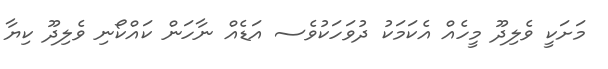
މަށަކީ ވެލިދޫ މީހެއް އެކަމަކު ދުވަހަކުވެސ އަޑެއް ނާހަން ކައްކޯނި ވެލިދޫ ކިޔާ